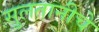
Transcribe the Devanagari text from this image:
सुलतानीचे